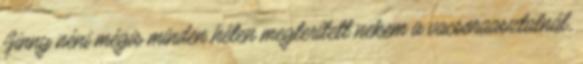
Ginny néni mégis minden héten megterített nekem a vacsoraasztalnál,